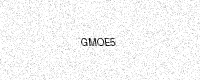
Text: GMOE5